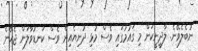
ނުބެލެވޭނެ. ލާދީނީކަން މި ގައުމުގައި ވެސް މުޅި ދުނިޔެއިން ވެސް ކަނޑުވާލަން ޖެހޭނެ